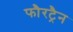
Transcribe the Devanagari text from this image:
फौरट्रैन